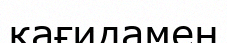
қағидамен